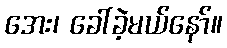
အေး၊ ခေါ်ခဲ့မယ်နော်။